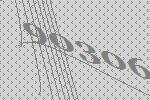
90306